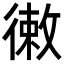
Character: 𢕡